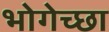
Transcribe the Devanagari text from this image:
भोगेच्छा